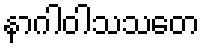
နာဂါဝါသသတေ